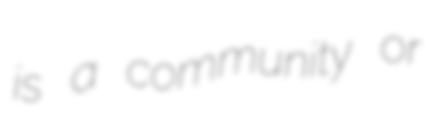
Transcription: is a community or